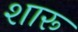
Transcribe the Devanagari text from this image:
शारू